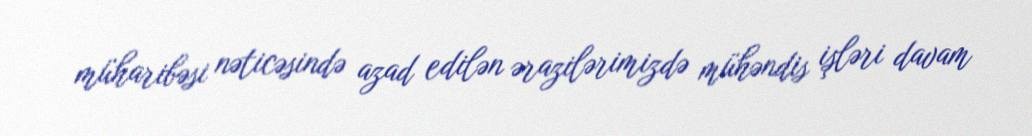
müharibəsi nəticəsində azad edilən ərazilərimizdə mühəndis işləri davam